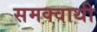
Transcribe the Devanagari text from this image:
समक्वाथी